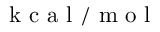
\mathrm { ~ k ~ c ~ a ~ l ~ } / \mathrm { ~ m ~ o ~ l ~ }